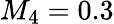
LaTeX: M_{4}=0.3